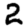
Digit: 2